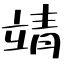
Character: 靖